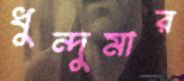
ধুন্দুমার